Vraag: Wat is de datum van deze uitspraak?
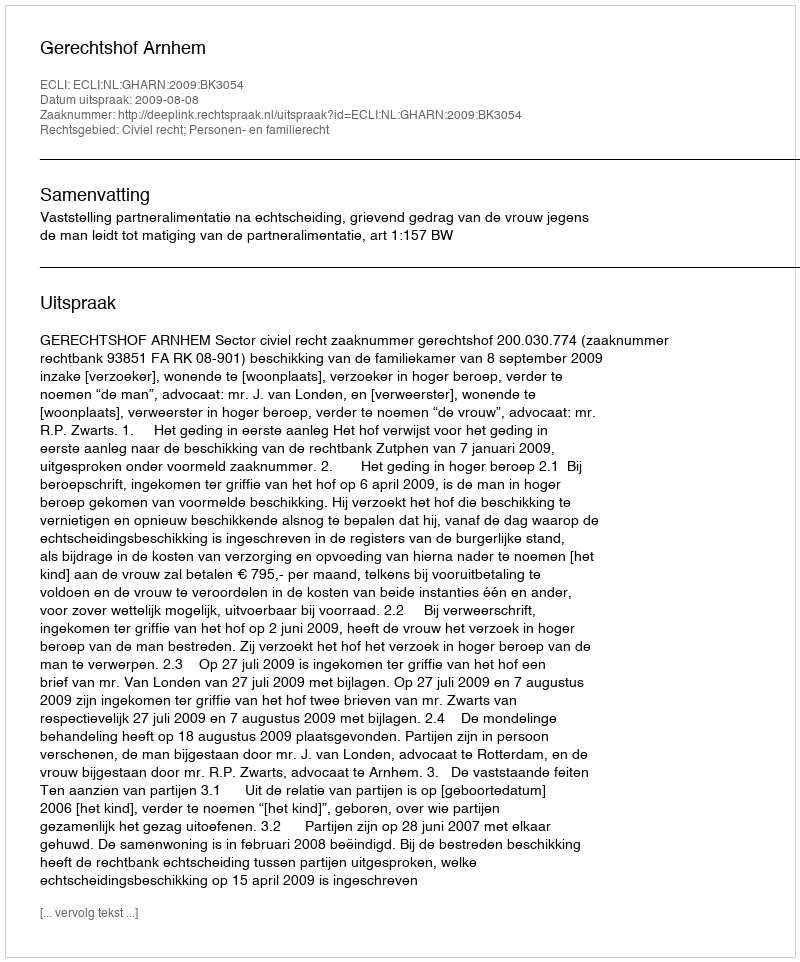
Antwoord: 2009-08-08